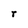
Character: r